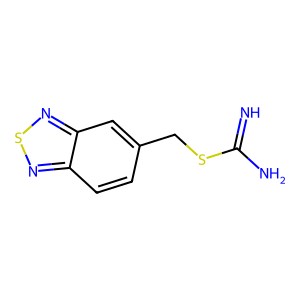
SMILES: N=C(N)SCc1ccc2nsnc2c1
Inhibits HIV replication: No